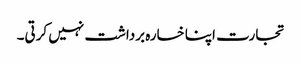
تجارت اپنا خسارہ برداشت نہیں کرتی۔